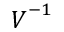
\boldsymbol { V } ^ { - 1 }